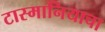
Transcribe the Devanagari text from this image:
टास्मानियाचा